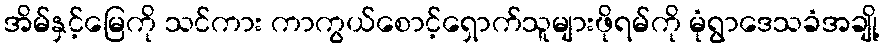
အိမ်နှင့်မြေကို သင်ကား ကာကွယ်စောင့်ရှောက်သူများဖိုရမ်ကို မုံရွာဒေသခံအချို့